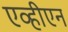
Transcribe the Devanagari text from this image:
एव्हीएन